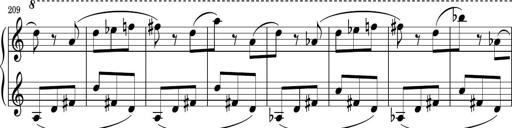
Title: Sonatina PandemÃ³nium
Composer: VÃ­ctor Carbajo
Key: C major